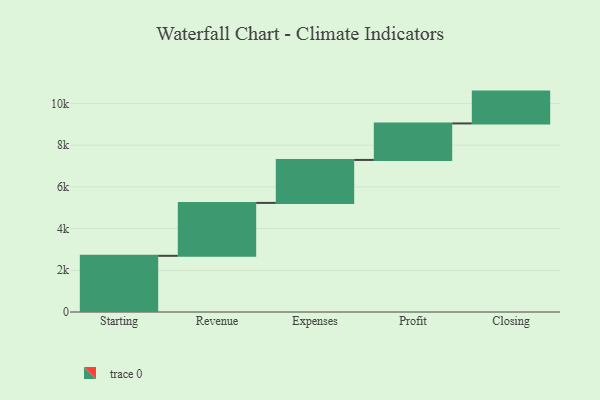
{"axis": {"x": "Step", "y": "Value"}, "legend": [""], "data": [{"x": "Starting", "y": 2694.0, "type": ""}, {"x": "Revenue", "y": 2537.0, "type": ""}, {"x": "Expenses", "y": 2060.0, "type": ""}, {"x": "Profit", "y": 1750.0, "type": ""}, {"x": "Closing", "y": 1526.0, "type": ""}]}